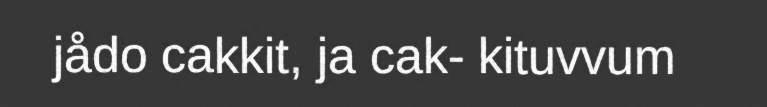
jådo cakkit, ja cak- kituvvum